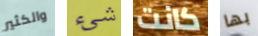
والكثير شيء كانت بها